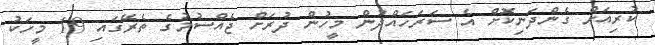
ކުރިއަށް ގެންދަނިކޮށް އެ ސަރަހައްދުން މީހުން ދުރަށް ޖެއްސުމުގެ ތެރޭގައި 19 މީހަކު